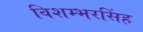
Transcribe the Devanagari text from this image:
विशम्भरसिंह